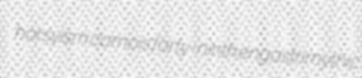
horsyism camois forty-ninth engastrimythic